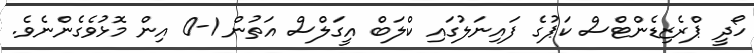
ހޯދީ ޕްރެޒިޑެންޓްސް ކަޕުގެ ފައިނަލުގައި ކްލަބް އީގަލްސް އަތުން 1-0 އިން މޮޅުވެގެންނެވެ.